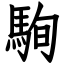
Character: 駨